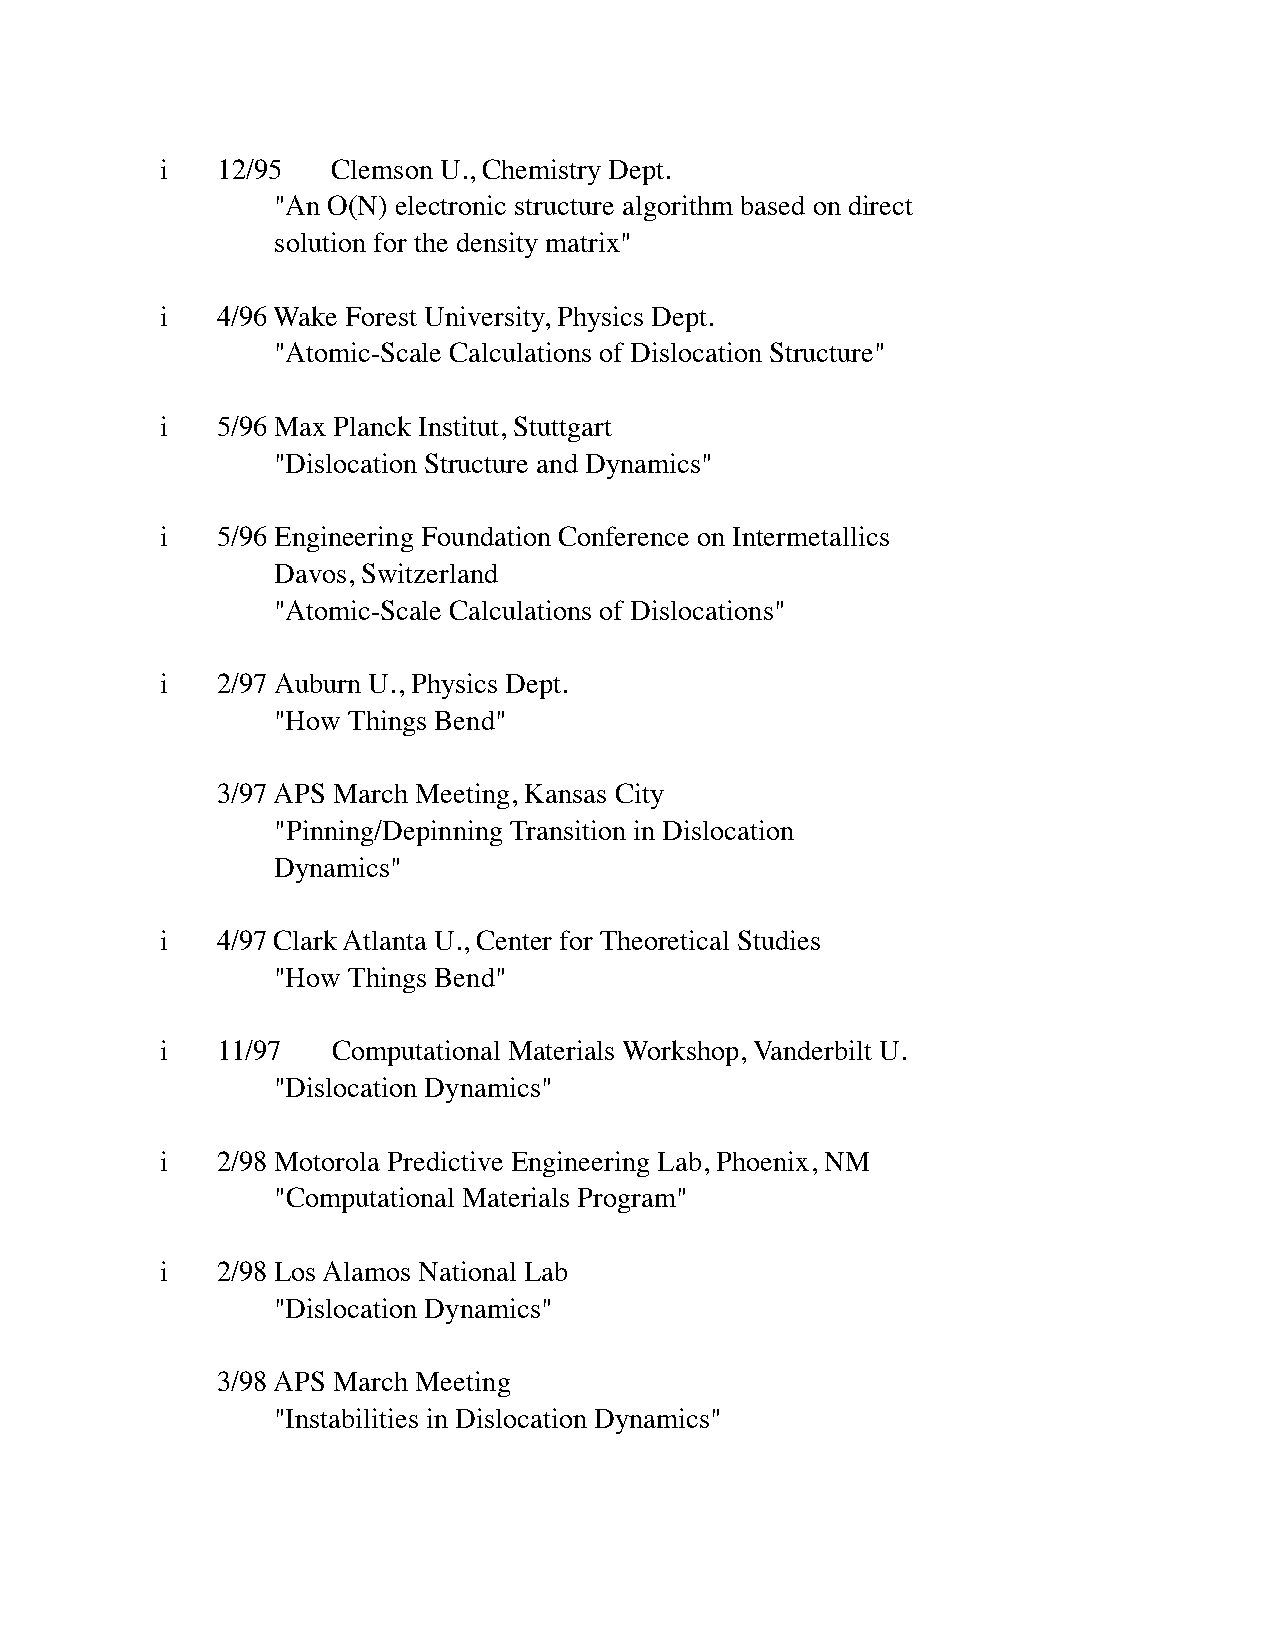
i  12/95   Clemson U., Chemistry Dept.
 "An O(N) electronic structure algorithm based on direct
 solution for the density matrix"
 i  4/96 Wake Forest University, Physics Dept.
 "Atomic-Scale Calculations of Dislocation Structure"
 i  5/96 Max Planck Institut, Stuttgart
 "Dislocation Structure and Dynamics"
 i  5/96 Engineering Foundation Conference on Intermetallics
 Davos, Switzerland
 "Atomic-Scale Calculations of Dislocations"
 i  2/97 Auburn U., Physics Dept.
 "How Things Bend"
 3/97 APS March Meeting, Kansas City
 "Pinning/Depinning Transition in Dislocation
 Dynamics"
 i  4/97 Clark Atlanta U., Center for Theoretical Studies
 "How Things Bend"
 i  11/97   Computational Materials Workshop, Vanderbilt U.
 "Dislocation Dynamics"
 i  2/98 Motorola Predictive Engineering Lab, Phoenix, NM
 "Computational Materials Program"
 i  2/98 Los Alamos National Lab
 "Dislocation Dynamics"
 3/98 APS March Meeting
 "Instabilities in Dislocation Dynamics"